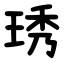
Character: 琇